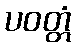
ပဝတ္တံ